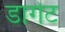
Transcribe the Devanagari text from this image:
डागेट